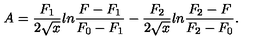
A = \frac { F _ { 1 } } { 2 \sqrt { x } } l n \frac { F - F _ { 1 } } { F _ { 0 } - F _ { 1 } } - \frac { F _ { 2 } } { 2 \sqrt { x } } l n \frac { F _ { 2 } - F } { F _ { 2 } - F _ { 0 } } .